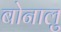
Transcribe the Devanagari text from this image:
बोनालु